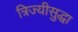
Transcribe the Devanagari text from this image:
त्रिज्यीसुद्धा